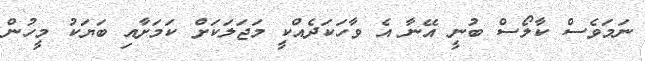
ނަމަވެސް ކާލޯސް ބުނީ އޭނާ އެ ވާހަކަދެއްކީ މަޖަލަކަށް ކަމަށާއި ބަޔަކު މީހުން